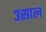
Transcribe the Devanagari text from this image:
३साल